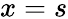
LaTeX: x=s